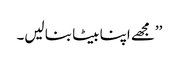
’’مجھے اپنا بیٹا بنا لیں۔